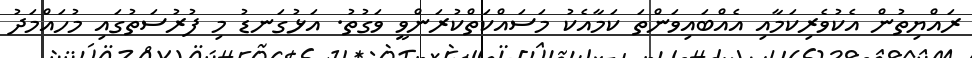
ރައްޔިތުން އެކުވެރިކަމާއި އެއްބައިވަންތަ ކަމާއެކު މަސައްކަތްކުރަންވީ ވަގުތު. އަޅުގަނޑު މި ފުރުސަތުގައި މުހައްމަދު